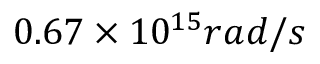
0 . 6 7 \times 1 0 ^ { 1 5 } r a d / s